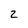
Character: 2